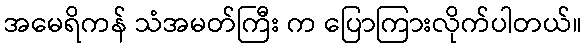
အမေရိကန် သံအမတ်ကြီး က ပြောကြားလိုက်ပါတယ်။